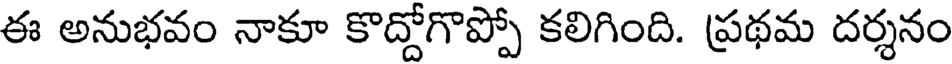
ఈ అనుభవం నాకూ కొద్దోగొప్పో కలిగింది. ప్రథమ దర్శనం